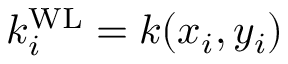
k _ { i } ^ { \mathrm { W L } } = k ( x _ { i } , y _ { i } )